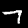
Label: 7